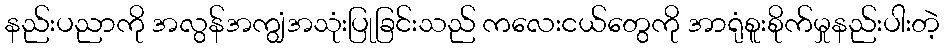
နည်းပညာကို အလွန်အကျွံအသုံးပြုခြင်းသည် ကလေးငယ်တွေကို အာရုံစူးစိုက်မှုနည်းပါးတဲ့